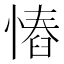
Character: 𢠅